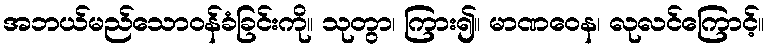
အဘယ်မည်သောဝန်ခံခြင်းကို။ သုတွာ၊ ကြား၍။ မာဏဝေန၊ လုလင်ကြောင့်။